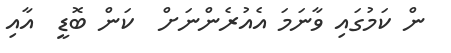
ން ކަމުގައި ވާނަމަ އެއުރެންނަށް  ކަން ބޮޑީ  އާއި